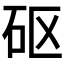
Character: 𥐰